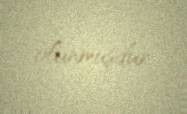
olunmuşdur.